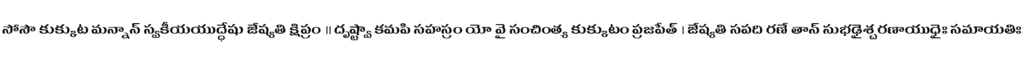
సోసౌ కుక్కుట మన్నాన్ స్వకీయయుద్ధేషు జేష్యతి క్షిప్రం ॥ దృష్ట్వా కమపి సహస్రం యో వై సంచింత్య కుక్కుటం ప్రజపేత్ । జేష్యతి సపది రణే తాన్ సుభఢైశ్చరణాయుధైః సమాయతిః